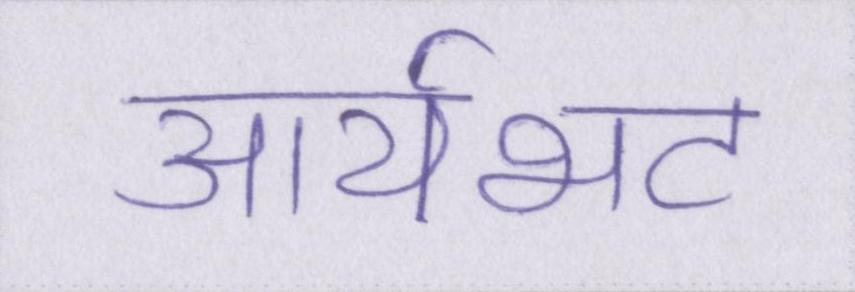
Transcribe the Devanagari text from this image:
आर्यभट